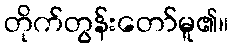
တိုက်တွန်းတော်မူ၏။